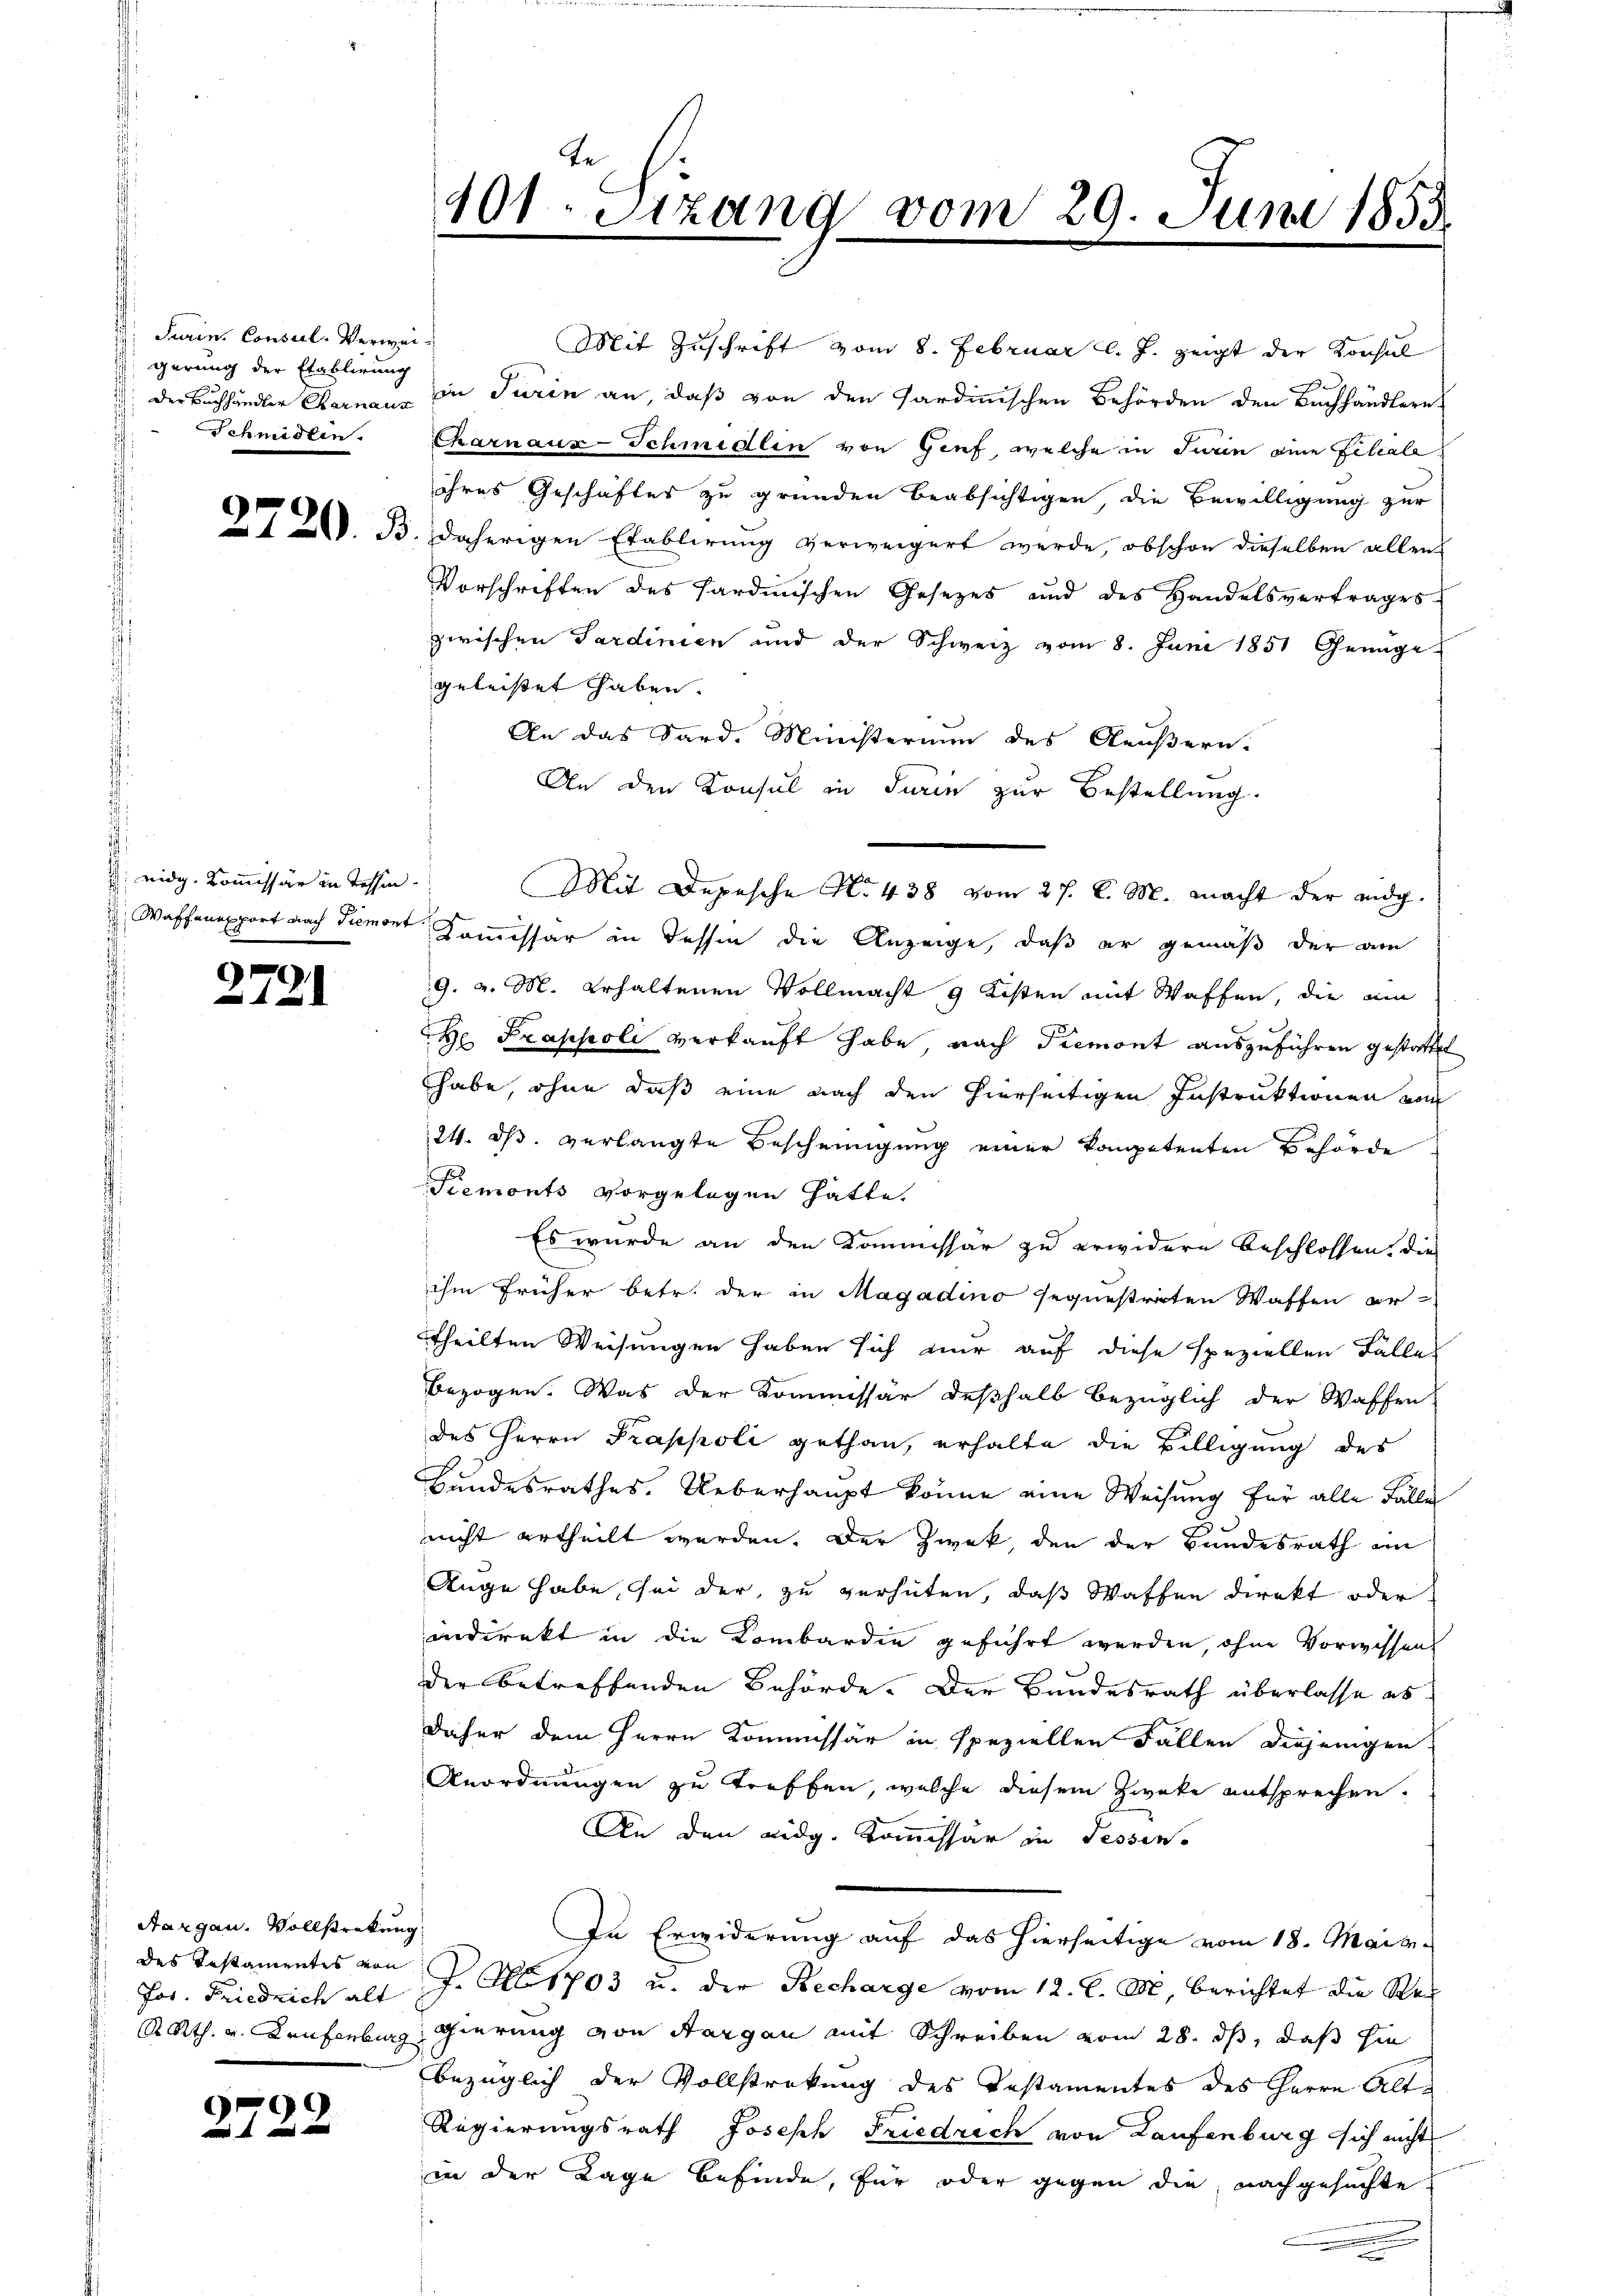
Turin, Consul-Verweigerung der Etablirung
Schmidten.

eidg. Kommissär in Tessin.

2721

Aargau. Vollstrekung
des Instamentes von

2722

Mit Zuschrift vom 8. Februar l. J. zeigt der Konsul
: der Buchhändler Carnaus in Turin an, daß von den Sardinischen Behörden den Bachhändlern
Charnauz-Schmidlin von Genf, welche in Turin eine Feliale
ihres Geschäftes zu gründen beabsichtigen, die Bewilligung zur
 A. B. daherigen Etablirung verweigert werde, obschon dieselben allen
Vorschriften des Sardinischen Gesetzes und des Handelsvertrages
zwischen Sardinien und der Schweiz vom 8. Juni 1851 Genüge
geleistet haben.
An das Sard. Ministerium des Aeußern.
An den Konsul in Turin zur Bestellung
 Waffenepport nach Siemont, Kommissär in dessen die Anzeige, daß er gemäß der am
9. v. M. erhaltenen Vollmacht 9 Kisten mit Waffen, die ein
e Trappoli verkauft habe, nach Tremont auszuführen gestattet
habe, ohne daß eine nach den hierseitigen Instruktionen vom
24. ds. verlangte Bescheinigung einer kompetenten Behörde
Piemonts vorgelegen hätte.
Es wurde an den Kommissär zu erwidern beschlossen, die
ihm früher betr. der in Magadino sequestrirten Waffen er-
theilten Weisungen haben sich nur auf diese speziellen Fälle
bezogen. Was der Kommissär deßhalb bezüglich der Waffen
des Herrn Prappoli gethan, erhalte die Billigung des
Bundesrathes. Ueberhaupt könne eine Weisung für alle Fälle
nicht urtheilt werden. Der Zweck, den der Bundesrath ein
Auge habe, sei der zu verhüten, daß Waffen direkt oder
andirekt in die Kombardie geführt werden, ohne Vorwissen
der betreffenden Behörde. Der Bundesrath überlasse es
daher dem Herrn Kommissär in speziellen Fallen diejenigen
Anordnungen zu treffen, welche diesem Zweke entsprechen.
An den Lidg. Kommissär in Tessin.
In Erwiderung auf das hierseitige vom 18. Mair.
Jos. Friedrich alt J. Al. 1703 u. der Recharge vom 12. l. M. berichtet die Rec
R Rth. v. Kaufenburg gierung von Aargau mit Schreiben vom 28. ds, daß hie
bezüglich der Vollstrakung des Instamentes des Herrn Alt¬
Regierungsrath Joseph Friedrich von Laufenburg sich nicht
in der Lage befinde, für oder gegen die, nachgesuchte

Te¬
101. Stzung vom 29. Juni 1855

Mit Depesche No. 438 vom 27. d. M. macht der eidg.